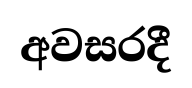
අවසරදී